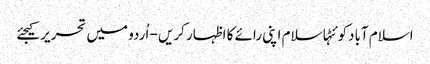
اسلام آبادکوئٹہاسلام اپنی رائے کا اظہار کریں - اُردو میں تحریر کیجئے